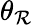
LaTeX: \theta_{\mathcal{R}}